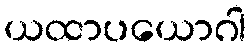
ယထာပယောဂါ